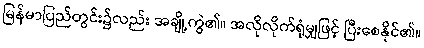
မြန်မာပြည်တွင်း၌လည်း အချို့ကွဲ၏။ အလိုလိုက်ရုံမျှဖြင့် ပြီးစေနိုင်၏။